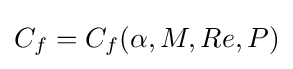
C_{f}=C_{f}(\alpha ,M,Re,P)